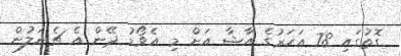
ގޮތުގައި 78 އަހަރުގެ އާޝާ އަށް މި އެވޯޑު ދޭން އެ ޗެނަލުން